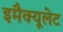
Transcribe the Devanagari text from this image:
इमैक्यूलेट